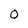
Character: 0